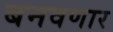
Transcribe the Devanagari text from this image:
बनवणार